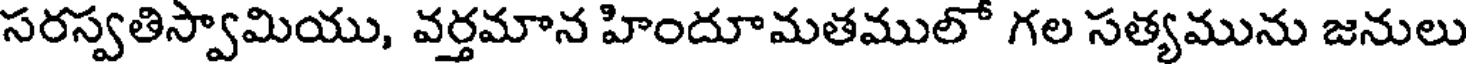
సరస్వతిస్వామియు, వర్తమాన హిందూమతములో గల సత్యమును జనులు